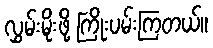
လွှမ်းမိုးဖို့ ကြိုးပမ်းကြတယ်။